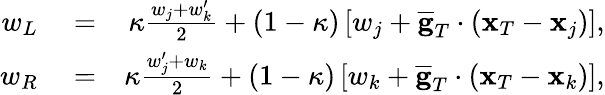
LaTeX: \begin{array}{rlr}{w_{L}}&{{}=}&{\kappa\frac{w_{j}+w_{k}^{\prime}}{2}+(1-\kappa)\left[w_{j}+\overline{{\mathbf g}}_{T}\cdot({\mathbf x}_{T}-{\mathbf x}_{j})\right],}\\ {w_{R}}&{{}=}&{\kappa\frac{w_{j}^{\prime}+w_{k}}{2}+(1-\kappa)\left[w_{k}+\overline{{\mathbf g}}_{T}\cdot({\mathbf x}_{T}-{\mathbf x}_{k})\right],}\end{array}